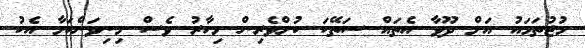
މުޖުތަމައު އަށް ދޫވާ އެތައް ސަތޭކަ ކުށްވެރިން މިހާރު ވެސް މިނިވަންކަމާ އެކު